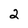
Character: 2